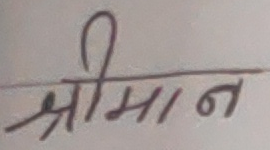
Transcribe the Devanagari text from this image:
श्रीमान